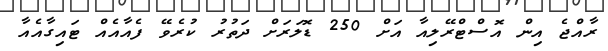
ރާއްޖެ އިން އޮސްޓްރޭލިއާ އަށް 250 ޑޮލަރަށް ދަތުރު ކުރެވޭ ފެއާއެއް ޓައިގާއެއާ